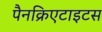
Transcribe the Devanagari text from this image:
पैनक्रिएटाइटस